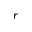
r